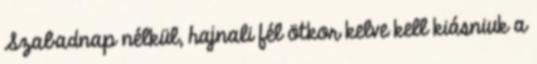
Szabadnap nélkül, hajnali fél ötkor kelve kell kiásniuk a